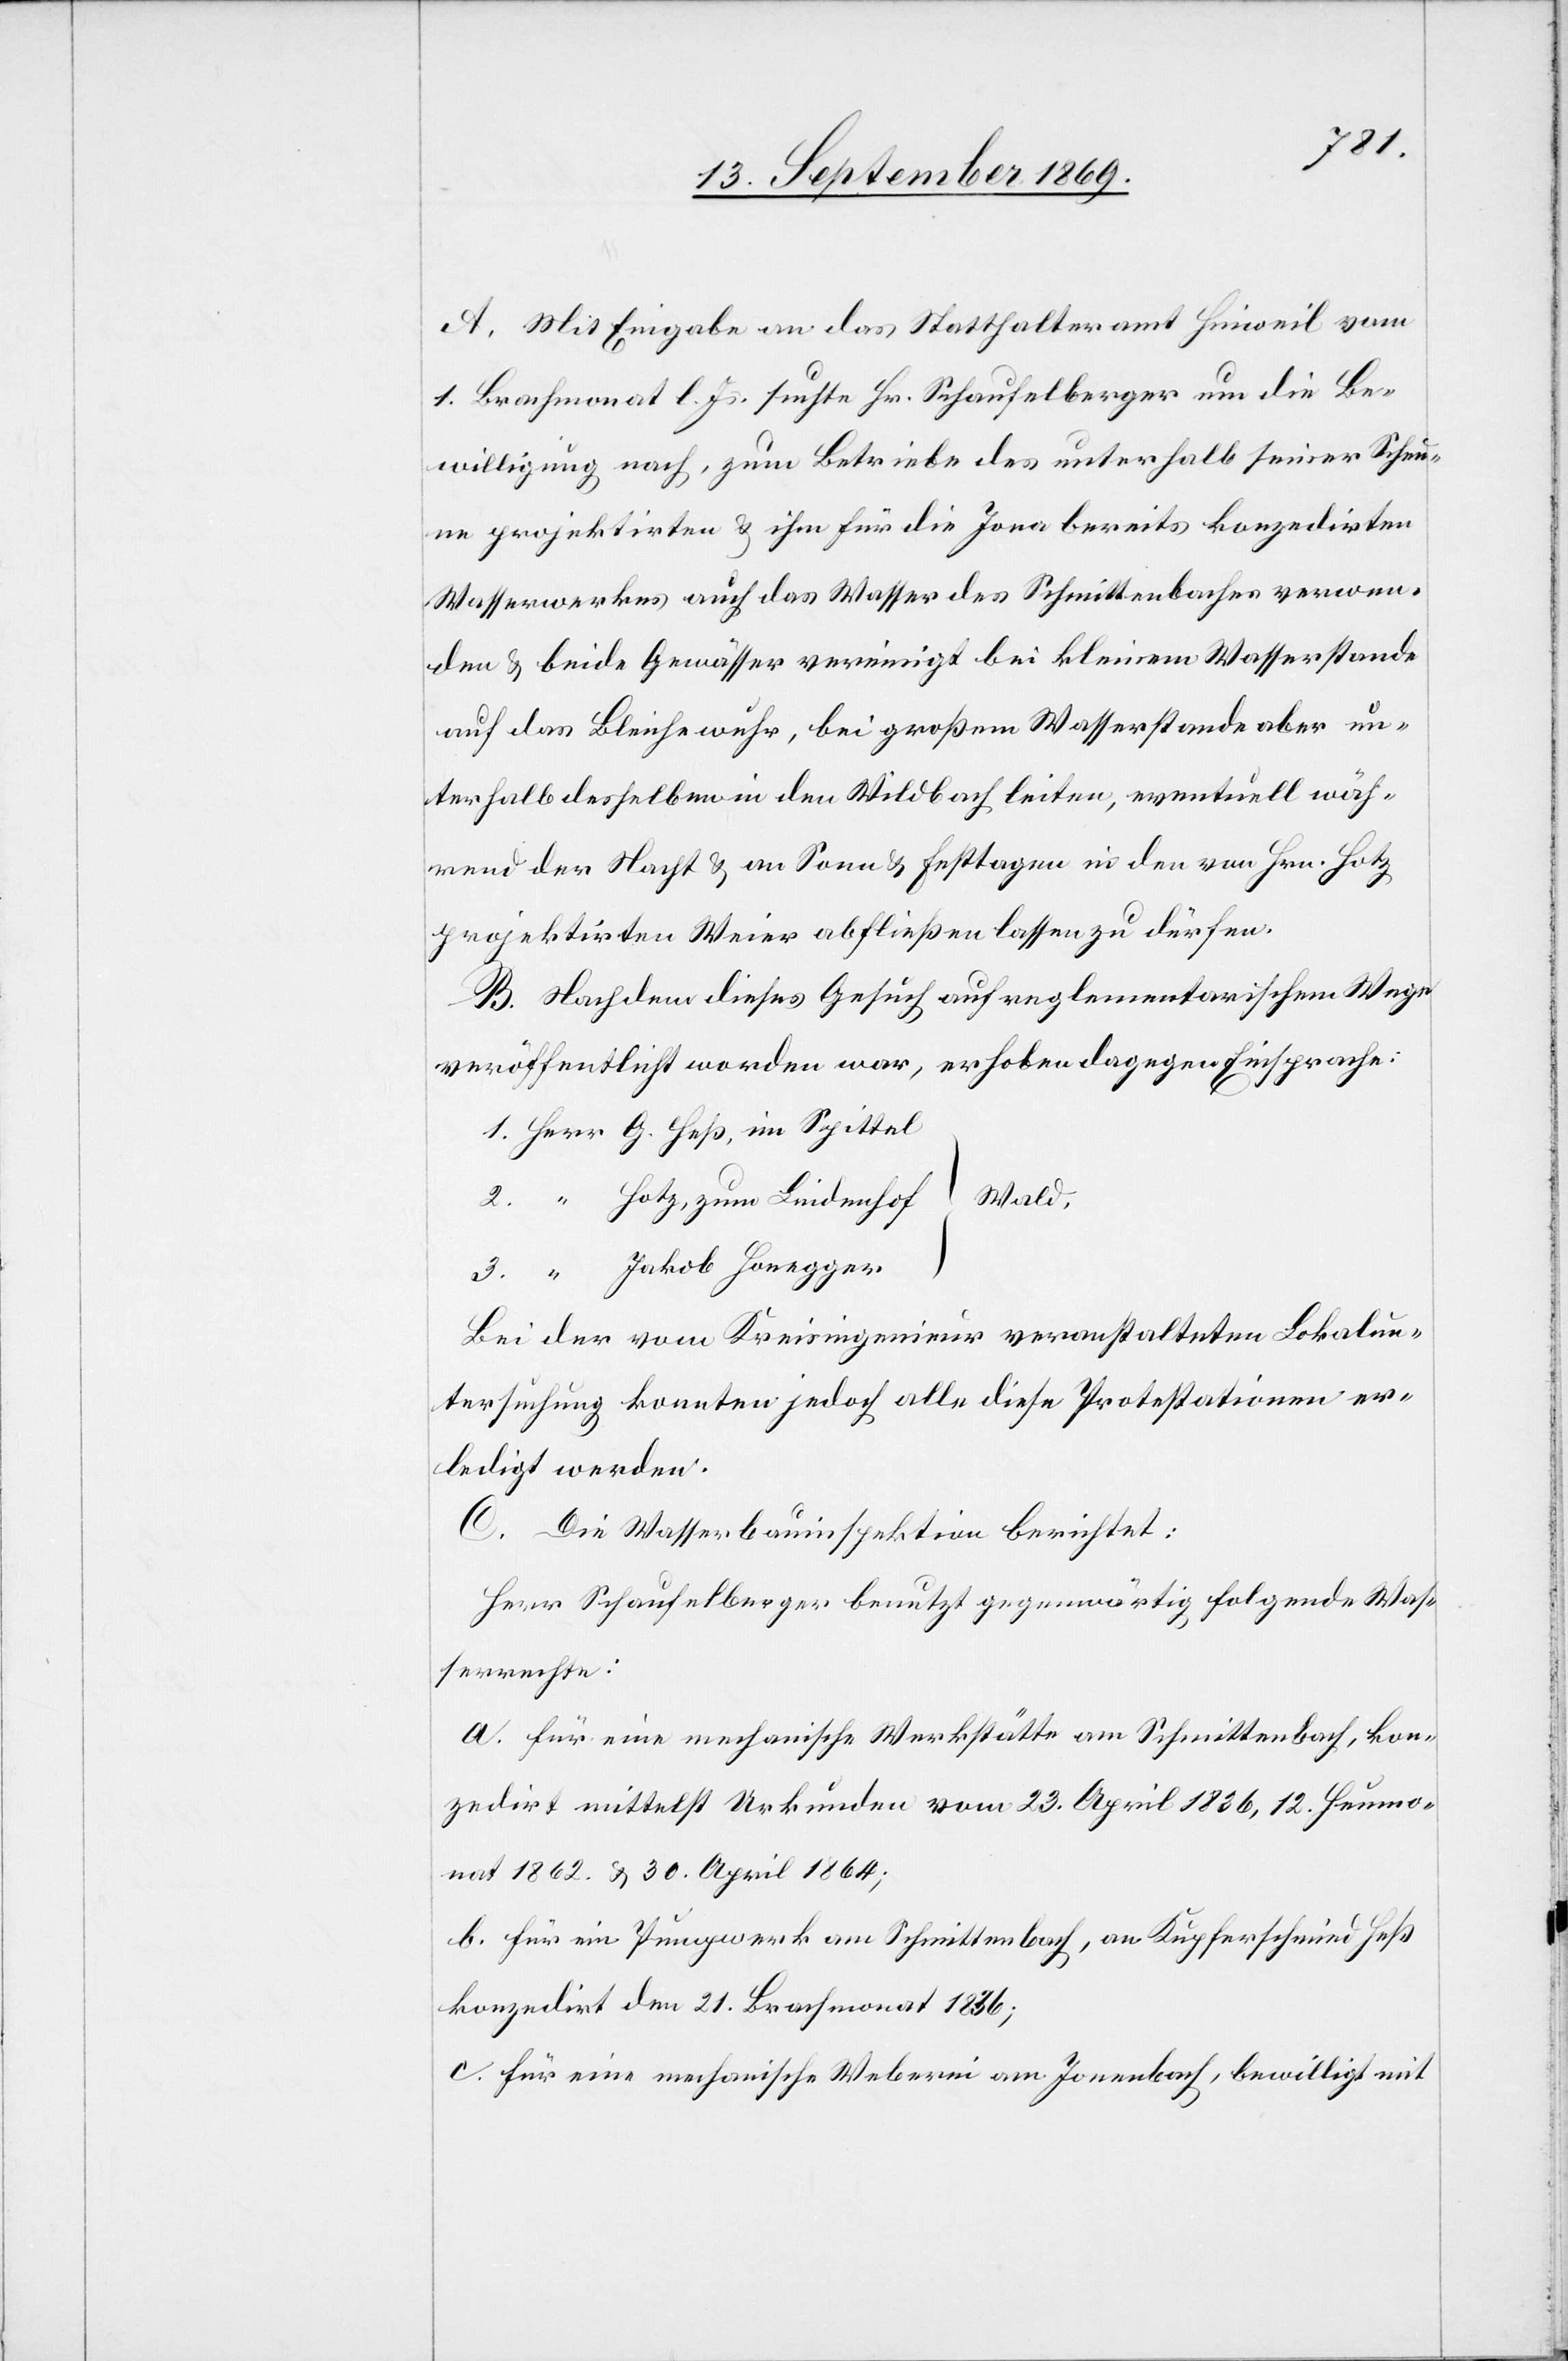
2.
A. Mit Eingabe an das Statthalteramt Hinweil vom
1. Brachmonat l. Js suchte Hr. Schaufelberger um die Be¬
willigung nach, zum Betriebe des unterhalb seiner Scheu¬
ne projektirten & ihm für die Jona bereits konzedirten
Wasserwerkes auch das Wasser des Schmittenbaches verwen¬
den & beide Gewässer vereinigt bei kleinem Wasserstande
auf das Bleichewuhr, bei großem Wasserstande aber un¬
terhalb desselben in den Wildbach leiten, eventuell wäh¬
rend der Nacht & an Sonn[-] & Festtagen in den von Hrn. Hotz
projektirten Weier abfließen lassen zu dürfen.
B. Nachdem dieses Gesuch auf reglementarischem Wege
veröffentlicht worden war, erhoben dagegen Einsprache:
Wald,
Hotz, zum Lindenhof
Jakob Honegger
Bei der vom Kreisingenieur veranstalteten Lokalun¬
tersuchung konnten jedoch alle diese Protestationen er¬
ledigt werden.
C. Die Wasserbauinspektion berichtet:
Herr Schaufelberger benutzt gegenwärtig folgende Was¬
serrechte:
a. für eine mechanische Werkstätte am Schmittenbach, kon¬
zedirt mittelst Urkunden vom 23. April 1836, 12. Heumo¬
nat 1862. & 30. April 1864;
b. für ein Pumpwerk am Schmittenbach, an Kupferschmied Heß
konzedirt den 21. Brachmonat 1836;
c. für eine mechanische Weberei am Jonenbach, bewilligt mit